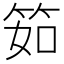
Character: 筎